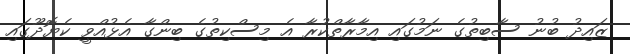
ޒައިދު ބުނު ސާބިތުގެ ނަމުގައި އިމާރާތްކުރާ އެ މިސްކިތުގެ ބިންގާ އެޅުއްވީ ކެޔޮދޫގައި